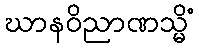
ဃာနဝိညာဏသ္မိံ